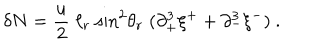
LaTeX: \delta N = { \frac { u } { 2 } } \; \ell _ { r } \; \mathrm { s i n } ^ { 2 } \theta _ { r } \; ( \partial _ { + } ^ { 3 } \xi ^ { + } + \partial _ { - } ^ { 3 } \xi ^ { - } ) \ .